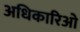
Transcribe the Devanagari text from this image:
अधिकारिओ